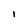
Character: I